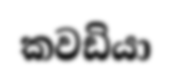
කවඩියා